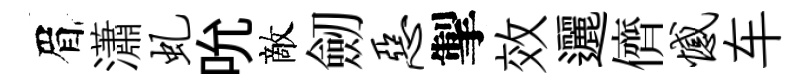
眉瀟虬吮敵劒恶掣效邐儕憾车